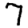
Digit: 7